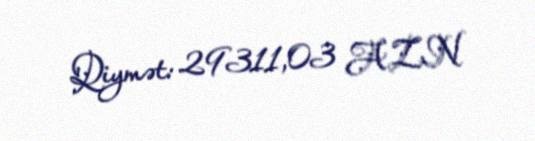
Qiymət: 29311,03 AZN